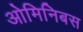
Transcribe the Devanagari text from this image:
ओमिनिबस